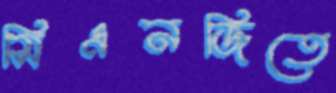
সিএনজিতে